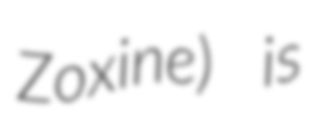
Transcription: Zoxine) is